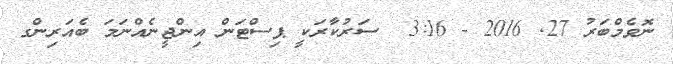
ނޮވެމްބަރު 27